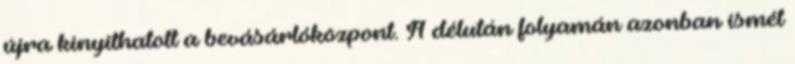
újra kinyithatott a bevásárlóközpont. A délután folyamán azonban ismét